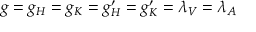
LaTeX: g = g _ { H } = g _ { K } = g _ { H } ^ { \prime } = g _ { K } ^ { \prime } = \lambda _ { V } = \lambda _ { A }